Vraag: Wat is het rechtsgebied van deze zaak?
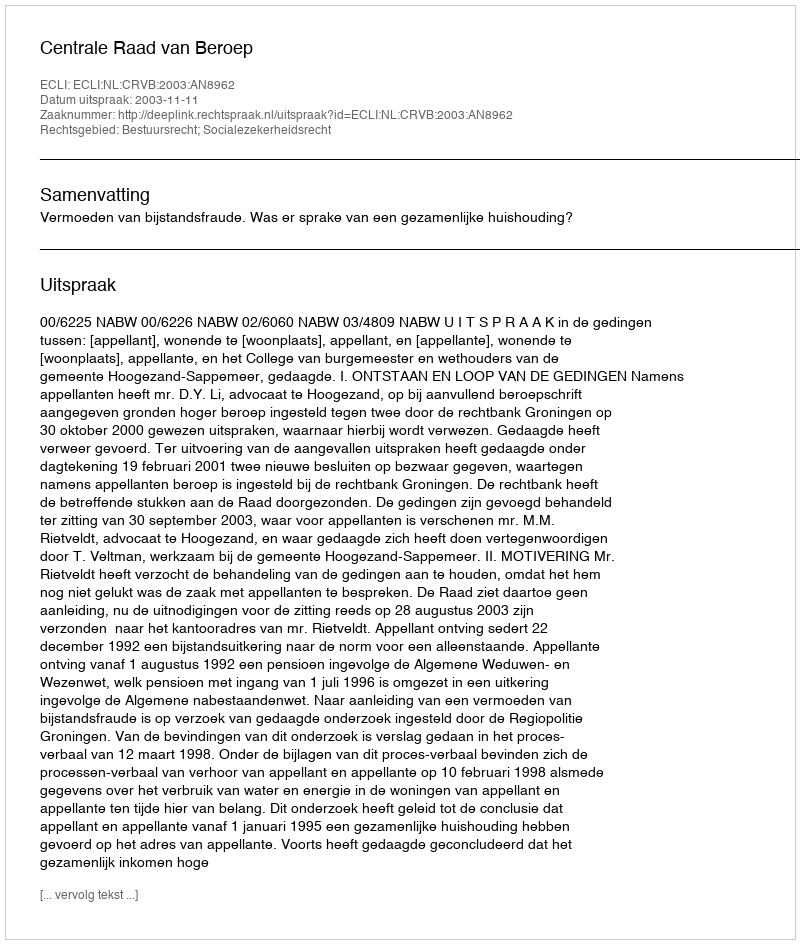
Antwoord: Bestuursrecht; Socialezekerheidsrecht